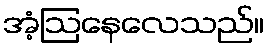
အံ့ဩနေလေသည်။